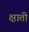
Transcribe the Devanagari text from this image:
क्षाती